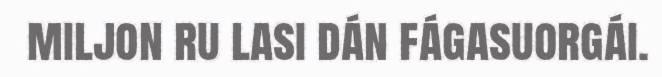
miljon ru lasi dán fágasuorgái.